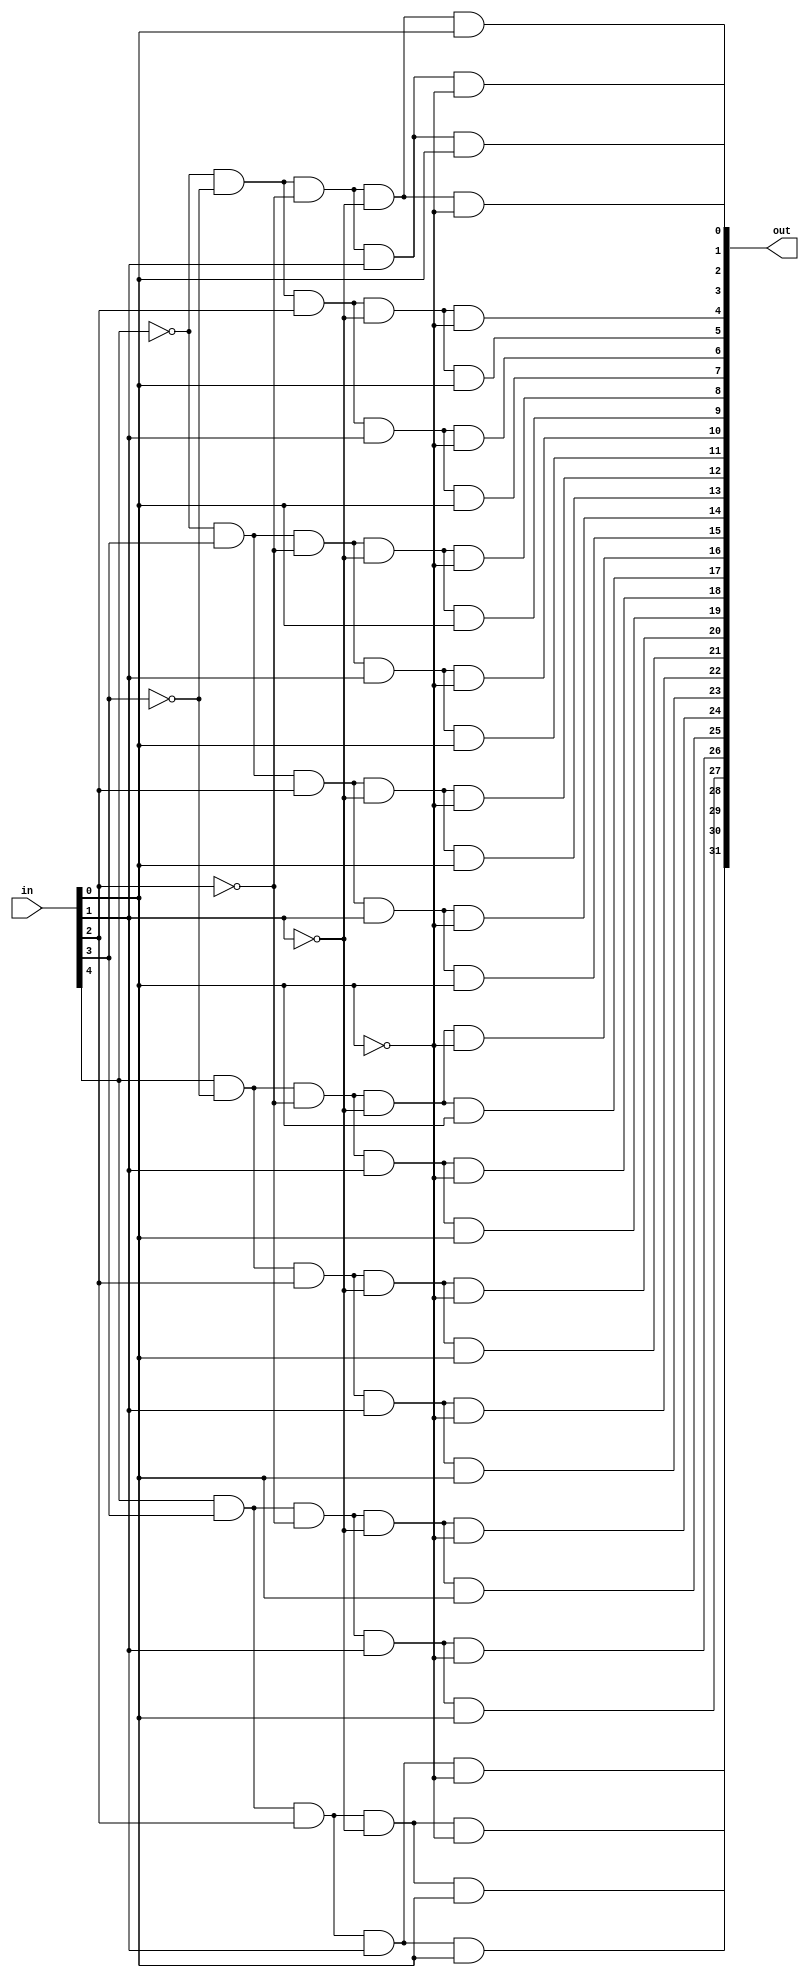
module decoder5to32(input [4:0] in,
						  output [31:0] out);
	
	/*
	say no to syntax suger
	genvar i;	
	generate
		for (i = 0; i < 32; i = i + 1) begin : decoderGenerate		
			assign out[i] = (in == i) ? 1 : 0;
		end
	endgenerate
	*/
	
	
	wire [4:0] notIn;
	
	genvar i;
	generate
		for (i = 0; i < 5; i = i + 1) begin : decoderGenerate		
			not notIns(notIn[i], in[i]);
		end
	endgenerate
	
	// out0 ~ out7
	and and50(out[0], notIn[4], notIn[3], notIn[2], notIn[1], notIn[0]);
	and and51(out[1], notIn[4], notIn[3], notIn[2], notIn[1], in[0]);
	and and52(out[2], notIn[4], notIn[3], notIn[2], in[1], notIn[0]);
	and and53(out[3], notIn[4], notIn[3], notIn[2], in[1], in[0]);
	and and54(out[4], notIn[4], notIn[3], in[2], notIn[1], notIn[0]);
	and and55(out[5], notIn[4], notIn[3], in[2], notIn[1], in[0]);
	and and56(out[6], notIn[4], notIn[3], in[2], in[1], notIn[0]);
	and and57(out[7], notIn[4], notIn[3], in[2], in[1], in[0]);
	
	
	// out8 ~ out15
	and and58(out[8], notIn[4], in[3], notIn[2], notIn[1], notIn[0]);
	and and59(out[9], notIn[4], in[3], notIn[2], notIn[1], in[0]);
	and and5a(out[10], notIn[4], in[3], notIn[2], in[1], notIn[0]);
	and and5b(out[11], notIn[4], in[3], notIn[2], in[1], in[0]);
	and and5c(out[12], notIn[4], in[3], in[2], notIn[1], notIn[0]);
	and and5d(out[13], notIn[4], in[3], in[2], notIn[1], in[0]);
	and and5e(out[14], notIn[4], in[3], in[2], in[1], notIn[0]);
	and and5f(out[15], notIn[4], in[3], in[2], in[1], in[0]);
	
	// out16 ~ out23
	and and5g(out[16], in[4], notIn[3], notIn[2], notIn[1], notIn[0]);
	and and5h(out[17], in[4], notIn[3], notIn[2], notIn[1], in[0]);
	and and5i(out[18], in[4], notIn[3], notIn[2], in[1], notIn[0]);
	and and5j(out[19], in[4], notIn[3], notIn[2], in[1], in[0]);
	and and5k(out[20], in[4], notIn[3], in[2], notIn[1], notIn[0]);
	and and5l(out[21], in[4], notIn[3], in[2], notIn[1], in[0]);
	and and5m(out[22], in[4], notIn[3], in[2], in[1], notIn[0]);
	and and5n(out[23], in[4], notIn[3], in[2], in[1], in[0]);
	
	// out24 ~ out31
	and and5o(out[24], in[4], in[3], notIn[2], notIn[1], notIn[0]);
	and and5p(out[25], in[4], in[3], notIn[2], notIn[1], in[0]);
	and and5q(out[26], in[4], in[3], notIn[2], in[1], notIn[0]);
	and and5r(out[27], in[4], in[3], notIn[2], in[1], in[0]);
	and and5s(out[28], in[4], in[3], in[2], notIn[1], notIn[0]);
	and and5t(out[29], in[4], in[3], in[2], notIn[1], in[0]);
	and and5u(out[30], in[4], in[3], in[2], in[1], notIn[0]);
	and and5v(out[31], in[4], in[3], in[2], in[1], in[0]);
	
	
endmodule